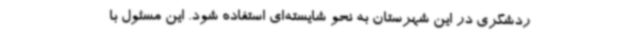
ردشگری در این شهرستان به نحو شایسته‌ای استفاده شود. این مسئول با